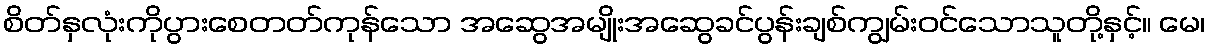
စိတ်နှလုံးကိုပွားစေတတ်ကုန်သော အဆွေအမျိုးအဆွေခင်ပွန်းချစ်ကျွမ်းဝင်သောသူတို့နှင့်။ မေ၊